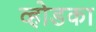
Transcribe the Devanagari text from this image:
व्होडका